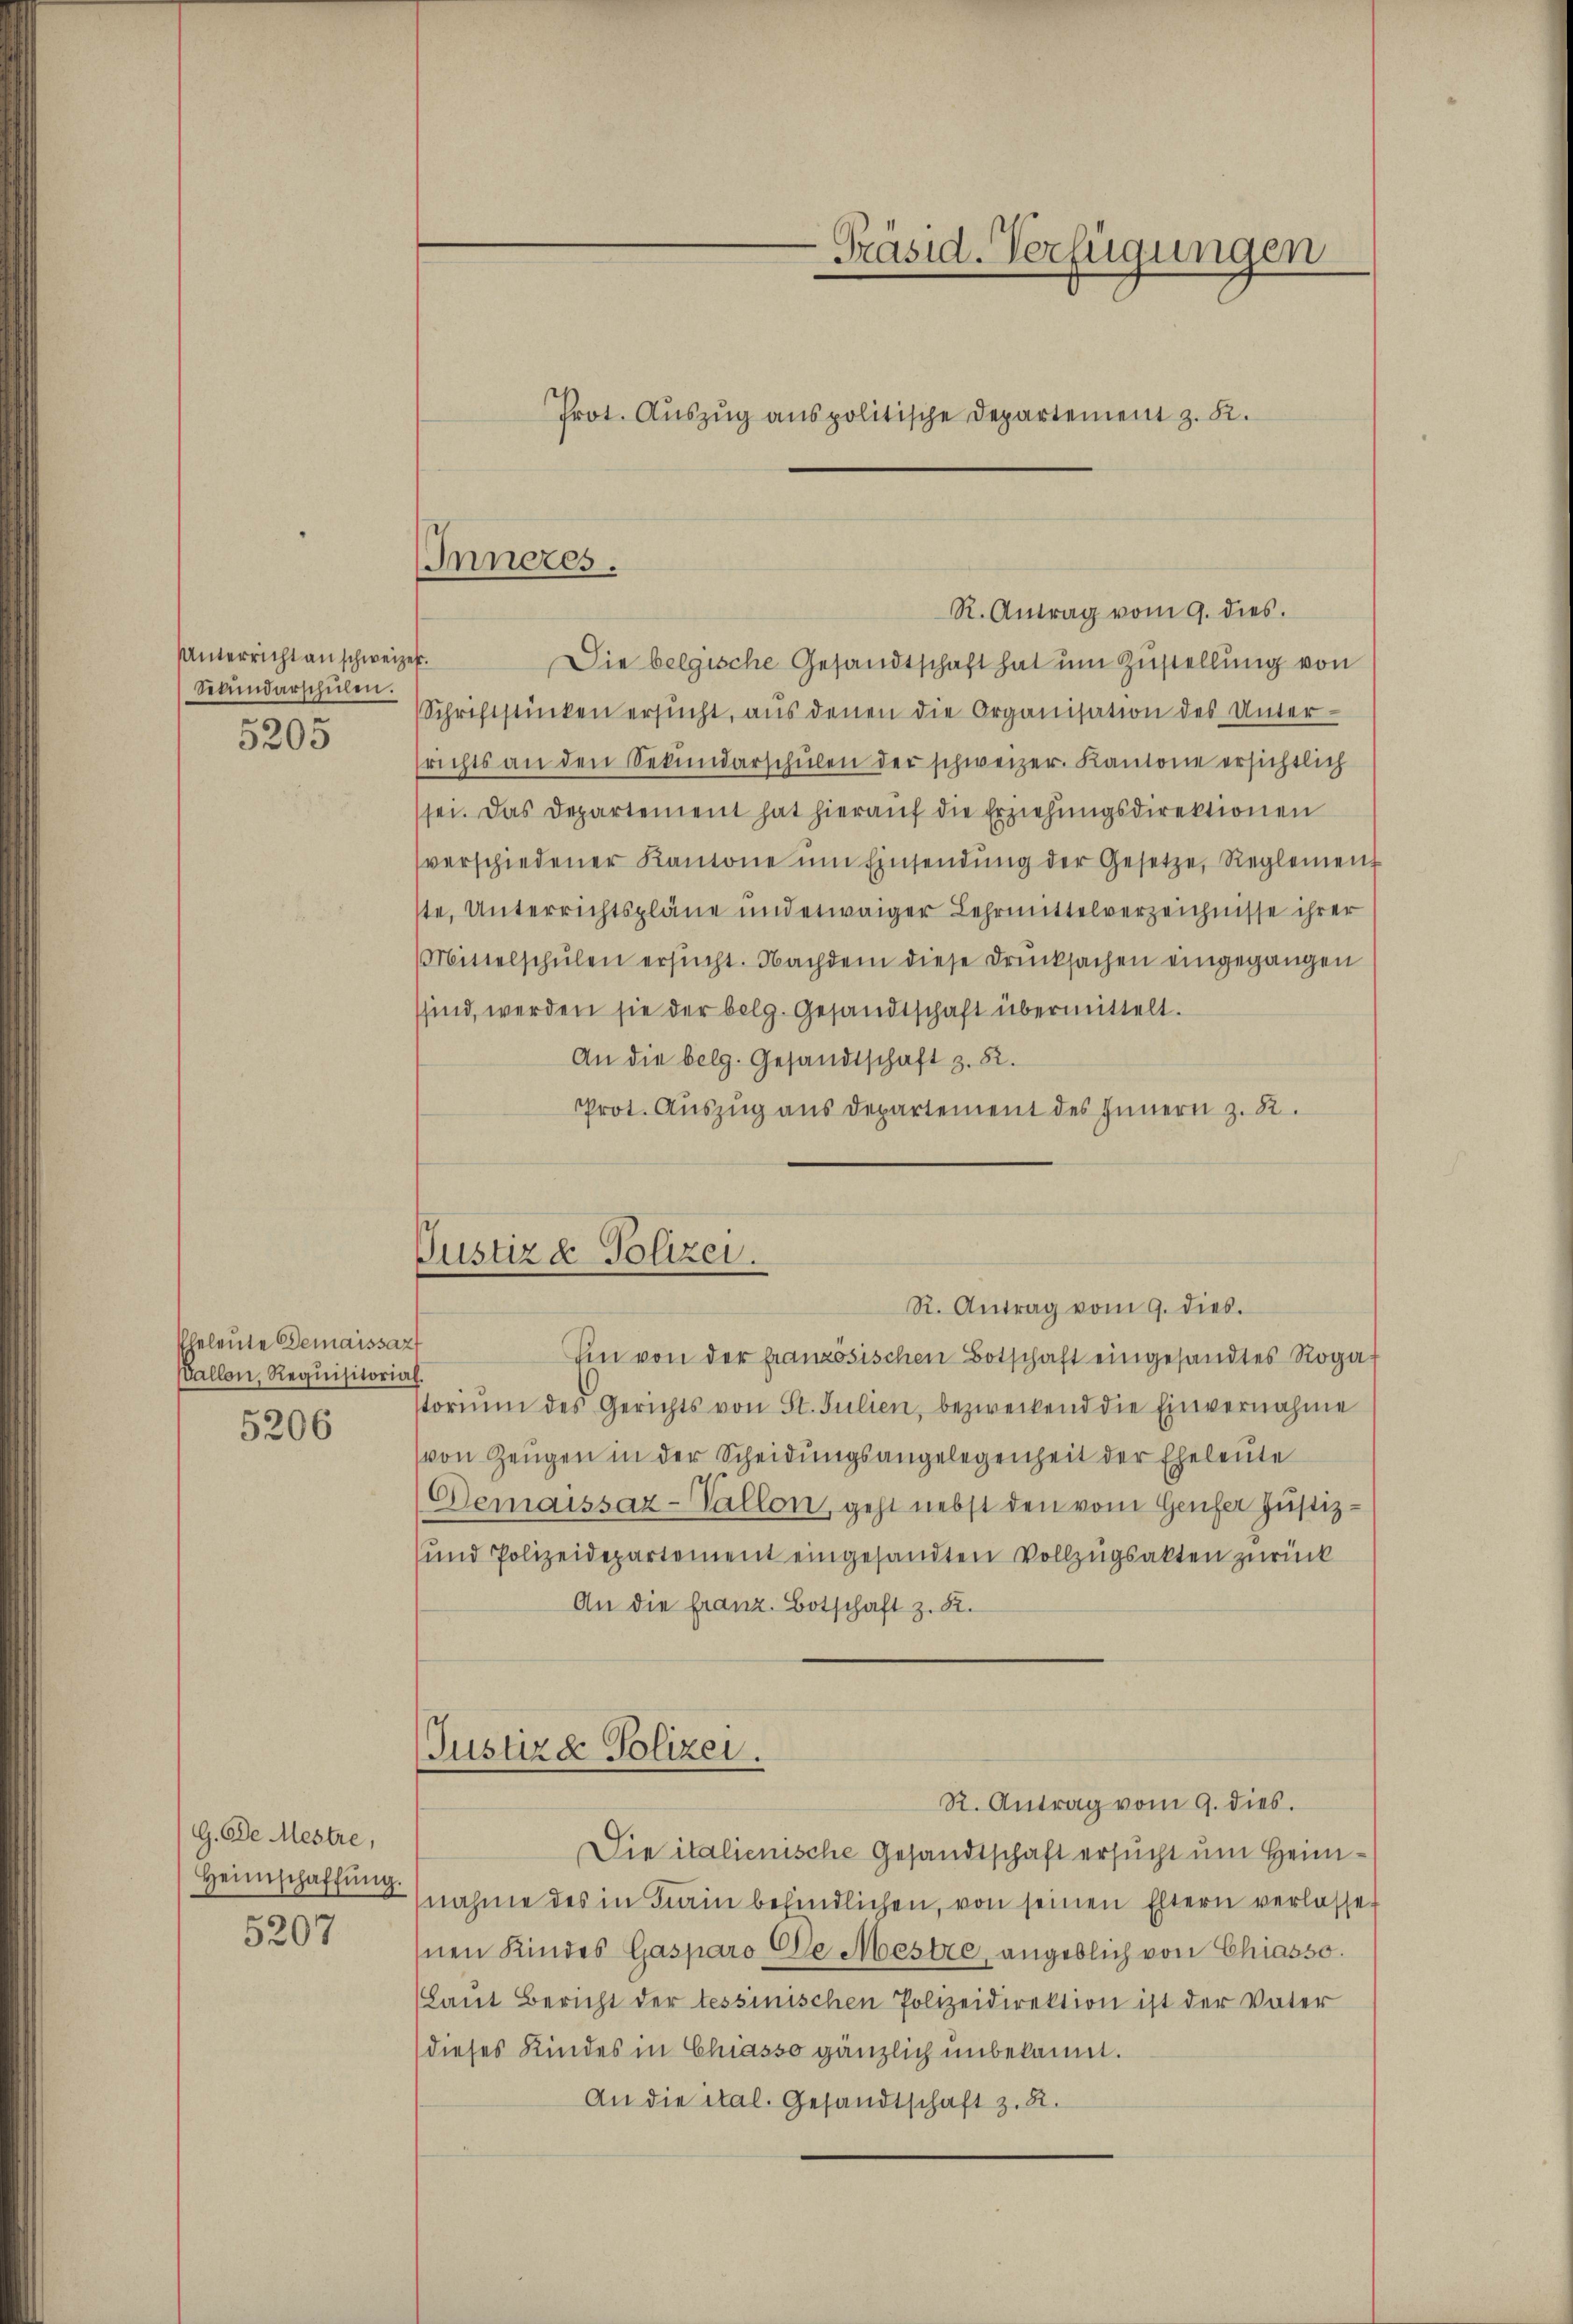
Unterricht an schweizet.
Sekundarschulen.
5205

beleute Gemaissart
Vallon, Requisitorial.

5206

G. De Mestre,
Heimschaffŭng.
5207

Prot. Auszug aus politische Departement z. B.

Inneres.

Präsid. Verfügungen

Die belgische Gesandtschaft hat um Zustellung von
Schriftstücken ersŭcht, aŭs denen die Organisation des Unter-
srichts an den Sekŭndarschŭlen der schweizer. Kantone ersichtlich
sei. Das Departement hat hieraŭf die Erziehŭngsdirektionen
verschiedener Kantone ŭm Einsendŭng der Gesetze, Reglement
ste, Unterrichtspläne und etwaiger Lehrmittelverzeichnisse ihrer
Mittelschŭlen ersucht. Nachdem diese Drucksachen eingegangen
sind, werden sie der belg. Gesandtschaft übermittelt.
An die belg. Gesandtschaft z. 82.
Prot. Auszug aus Departement des Innern z. R.

Ein von der französischen Botschaft eingesandtes Roga
toriŭm des Gerichts von St. Julien, bezweckend die Einvernahme
von Zeugen in der Scheidungsangelegenheit der Eheleute
Demaissaz-Vallon, geht nebst den vom Genfer Justiz-
und Polizeidepartement eingesandten Vollzŭgsakten zurück
An die Franz. Botschaft z. B.

R. Antrag vom 9. dies.

Justiz & Polizei.
R. Antrag vom 9. dies.

Justiz & Polizei.
R. Antrag vom 9. dies.

Die italienische Gesandtschaft ersucht um Heimnahme des in Krain befindlichen, von seinen Eltern verlasset
Inen Kindes Gasparo De Mestre, angeblich von Chiasso.
Laut Bericht der tessinischen Polizeidirektion ist der Vater
dieses Kindes in Chasso gänzlich unbekannt.
An die ital. Gesandtschaft z. B.